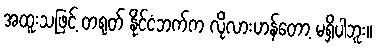
အထူးသဖြင့် တရုတ် နိုင်ငံဘက်က လိုလားဟန်တော့ မရှိပါဘူး။